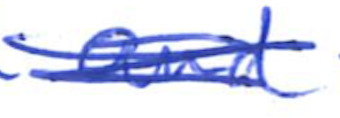
Text: and
Cross-out: scratch
Writing tool: ballpoint